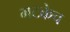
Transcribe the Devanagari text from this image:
भटकेच